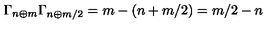
\Gamma _ { n \oplus m } \Gamma _ { n \oplus m / 2 } = m - ( n + m / 2 ) = m / 2 - n